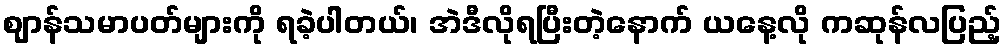
ဈာန်သမာပတ်များကို ရခဲ့ပါတယ်၊ အဲဒီလိုရပြီးတဲ့နောက် ယနေ့လို ကဆုန်လပြည့်